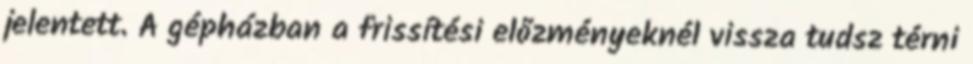
jelentett. A gépházban a frissítési előzményeknél vissza tudsz térni